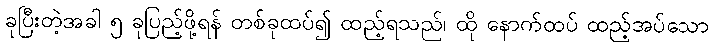
ခုပြီးတဲ့အခါ ၅ ခုပြည့်ဖို့ရန် တစ်ခုထပ်၍ ထည့်ရသည်၊ ထို နောက်ထပ် ထည့်အပ်သော